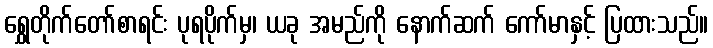
ရွှေတိုက်တော်စာရင်း ပုရပိုက်မှ၊ ယခု အမည်ကို နောက်ဆက် ကော်မာနှင့် ပြထားသည်။